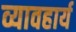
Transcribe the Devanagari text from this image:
व्यावहार्य